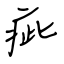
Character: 疵